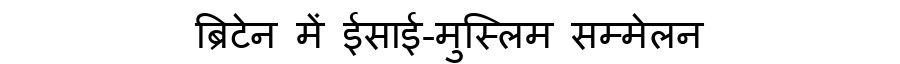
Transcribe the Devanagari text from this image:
ब्रिटेन में ईसाई-मुस्लिम सम्मेलन